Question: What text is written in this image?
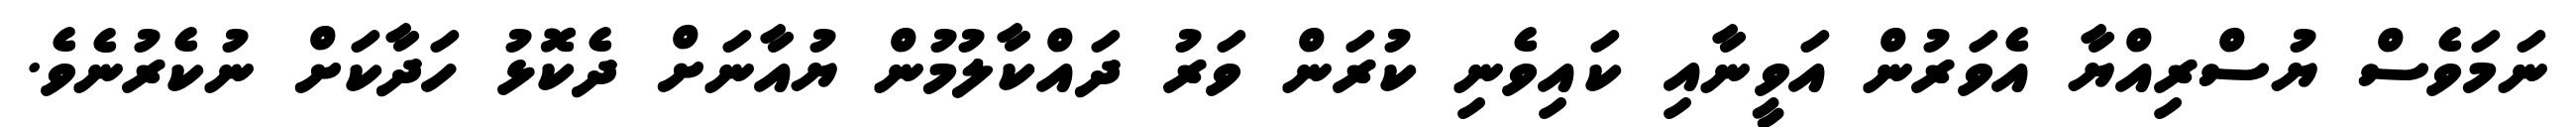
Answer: ނަމަވެސް ޔުސްރިއްޔާ އެވަރުން އަވީނާއި ކައިވެނި ކުރަން ވަރު ދައްކާލުމުން ޔުއާނަށް ދެކޮޅު ހަދާކަށް ނުކެރުނެވެ.